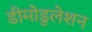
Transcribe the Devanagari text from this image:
डीमोडुलेशन